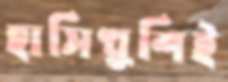
হাসিখুশিই